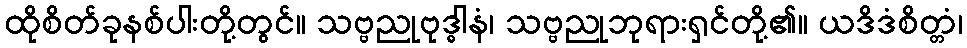
ထိုစိတ်ခုနစ်ပါးတို့တွင်။ သဗ္ဗညုဗုဒ္ဓါနံ၊ သဗ္ဗညုဘုရားရှင်တို့၏။ ယဒိဒံစိတ္တံ၊